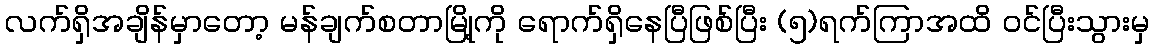
လက်ရှိအချိန်မှာတော့ မန်ချက်စတာမြို့ကို ရောက်ရှိနေပြီဖြစ်ပြီး (၅)ရက်ကြာအထိ ဝင်ပြီးသွားမှ